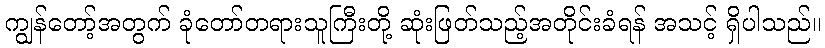
ကျွန်တော့်အတွက် ခုံတော်တရားသူကြီးတို့ ဆုံးဖြတ်သည့်အတိုင်းခံရန် အသင့် ရှိပါသည်။